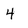
Character: 4